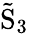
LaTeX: \mathrm{{\tilde{S}_{3}}}